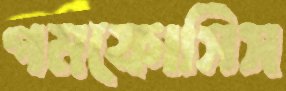
গমফোসিস